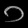
Digit: ၁